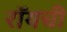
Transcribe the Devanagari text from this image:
रॉयची